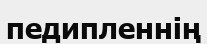
педипленнің